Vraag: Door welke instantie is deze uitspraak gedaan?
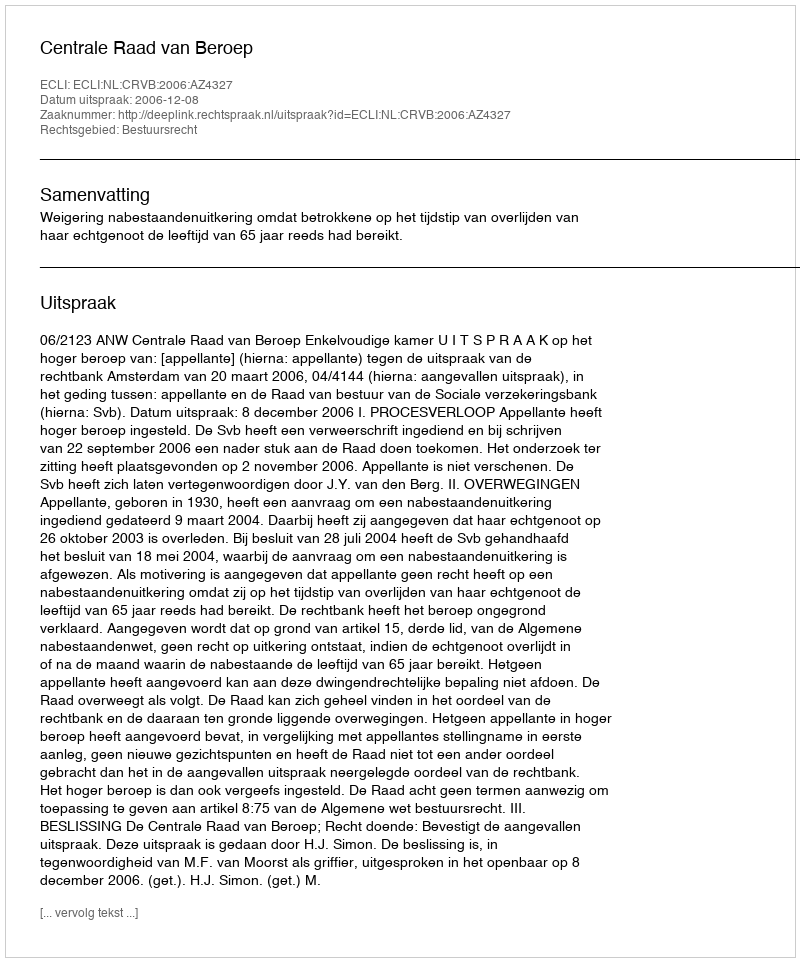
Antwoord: Centrale Raad van Beroep